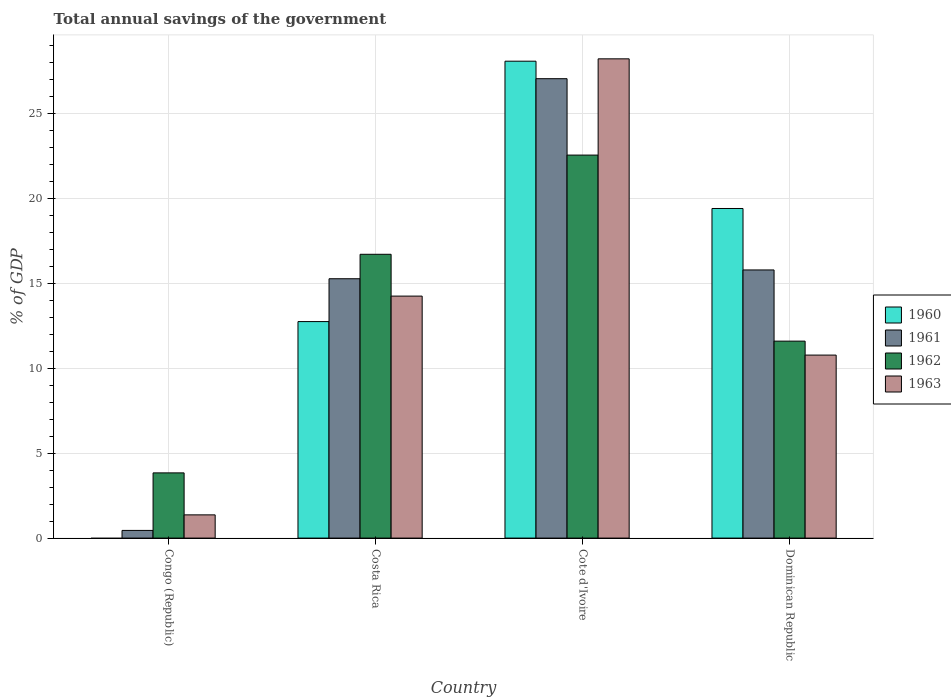
| Country | 1960 | 1961 | 1962 | 1963 |
 | --- | --- | --- | --- | --- |
 | Congo (Republic) | -12 | 0.452 | 3.84 | 1.37 |
 | Costa Rica | 12.7 | 15.3 | 16.7 | 14.2 |
 | Cote d'Ivoire | 28.1 | 27 | 22.5 | 28.2 |
 | Dominican Republic | 19.4 | 15.8 | 11.6 | 10.8 |